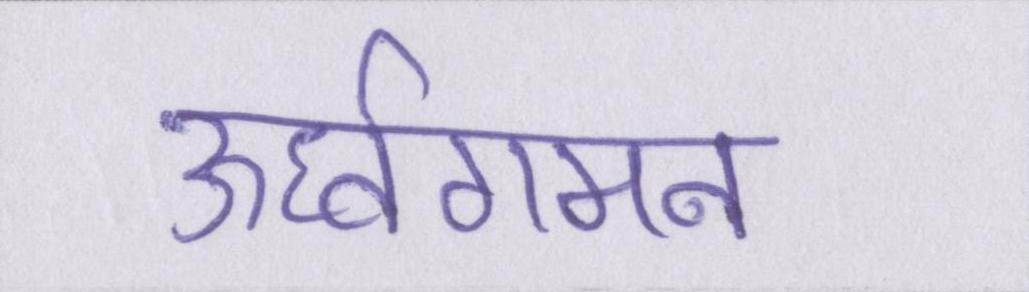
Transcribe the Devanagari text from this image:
ऊर्ध्वगमन